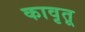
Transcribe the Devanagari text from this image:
कावृतू